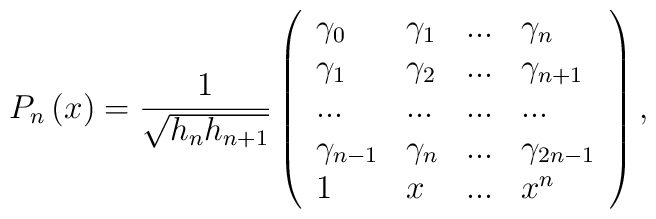
P_{n}\left( x\right) =\frac{1}{\sqrt{h_{n}h_{n+1}}}\left( \begin{array}{llll}\gamma _{0} & \gamma _{1} & ... & \gamma _{n} \\ \gamma _{1} & \gamma _{2} & ... & \gamma _{n+1} \\ ... & ... & ... & ... \\ \gamma _{n-1} & \gamma _{n} & ... & \gamma _{2n-1} \\ 1 & x & ... & x^{n}\end{array}\right) ,